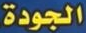
الجودة